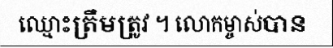
ឈ្មោះត្រឹមត្រូវ ។ លោកម្ចាស់បាន